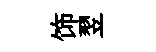
饰翌